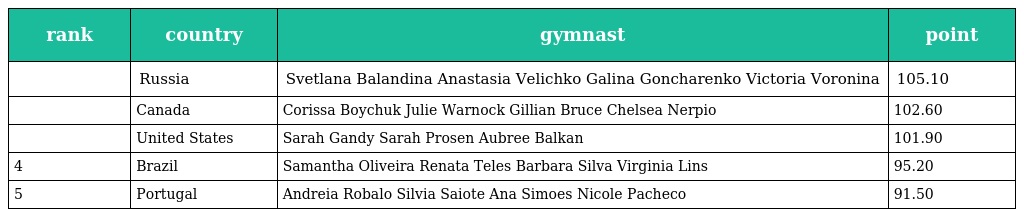
| rank | country | gymnast | point |
 | --- | --- | --- | --- |
 |  | Russia | Svetlana Balandina Anastasia Velichko Galina Goncharenko Victoria Voronina | 105.10 |
 |  | Canada | Corissa Boychuk Julie Warnock Gillian Bruce Chelsea Nerpio | 102.60 |
 |  | United States | Sarah Gandy Sarah Prosen Aubree Balkan | 101.90 |
 | 4 | Brazil | Samantha Oliveira Renata Teles Barbara Silva Virginia Lins | 95.20 |
 | 5 | Portugal | Andreia Robalo Silvia Saiote Ana Simoes Nicole Pacheco | 91.50 |